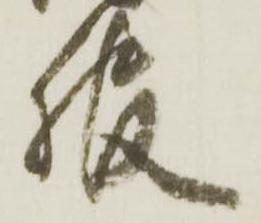
服